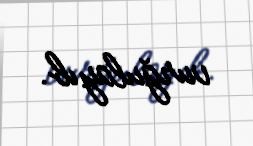
vurğulayıb.